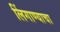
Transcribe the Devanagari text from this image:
लिंगाण्याचा